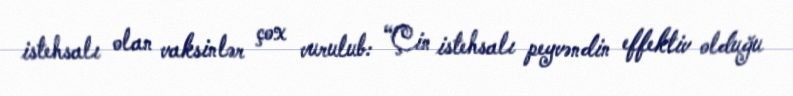
istehsalı olan vaksinlər çox vurulub: “Çin istehsalı peyvəndin effektiv olduğu